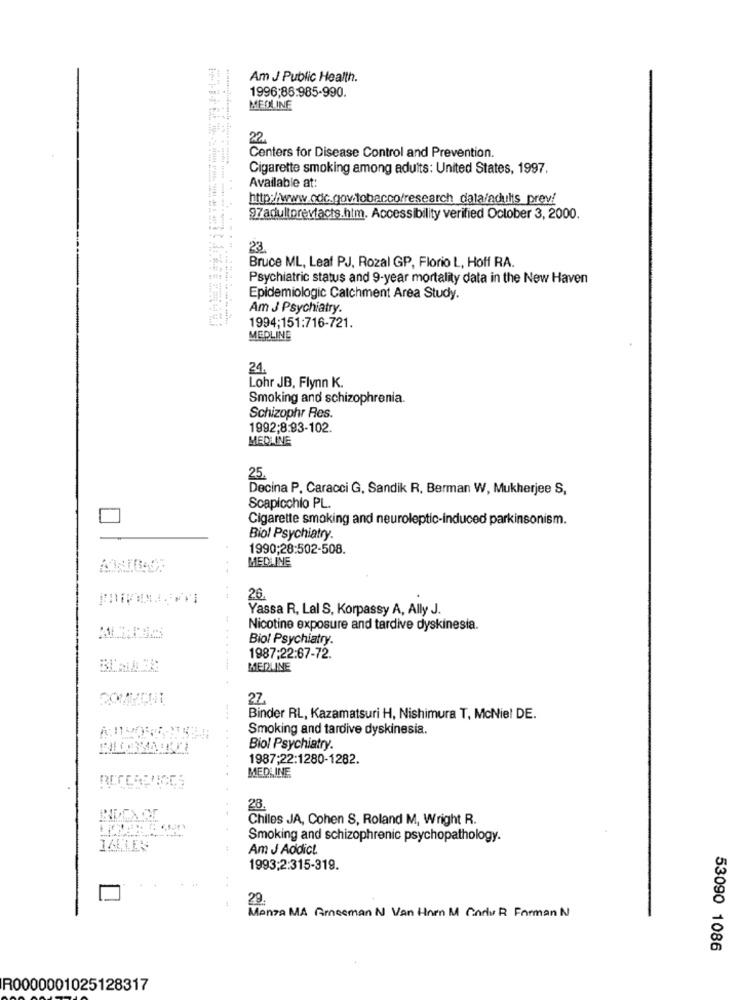
Am J Public Health.
1996;86:985-990.
MEDLINE
22.
Centers for Disease Control and Prevention.
Cigarette smoking among adults: United States, 1997.
Available at:
http:/www.cdc.gov.tobacco/research_data/adults_prev/
97adultprevfacts.htm. Accessibility verified October 3, 2000.
23
Bruce ML, Leaf PJ, Rozal GP, Florio L, Hoff RA.
Psychiatric status and 9-year mortality data in the New Haven
Epidemiologic Catchment Area Study.
Am J Psychiatry.
1994;151:716-721.
MEDLINE
24.
Lohr JB, Flynn K.
Smoking and schizophrenia.
Schizophr Res.
1992;8.93-102.
MEDLINE
25.
Decina P. Caracci G, Sandik R, Berman W, Mukherjee S,
Scapicchio PL.
Cigarette smoking and neuroleptic-induced parkinsonism.
Biol Psychiatry.
1990;28:502-508.
MEDLINE
26
Yassa R, Lal S, Korpassy A, Ally J.
Nicotine exposure and tardive dyskinesia.
Biol Psychiatry.
1987:22:67-72.
......-
MEDLINE
27.
Binder RL, Kazamatsuri H, Nishimura T, McNiel DE.
Smoking and tardive dyskinesia.
Biol Psychiatry.
1987;22:1280-1282.
MEDLINE
28
Chiles JA, Cohen S, Roland M, Wright R.
Smoking and schizophrenic psychopathology.
Am J Addict.
1993:2:315-319.
29.
Monza MA Greeman N Van Horn M Cadı R Forman N
53090 1086
R0000001025128317